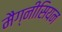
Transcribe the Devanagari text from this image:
मैग्नीसियन